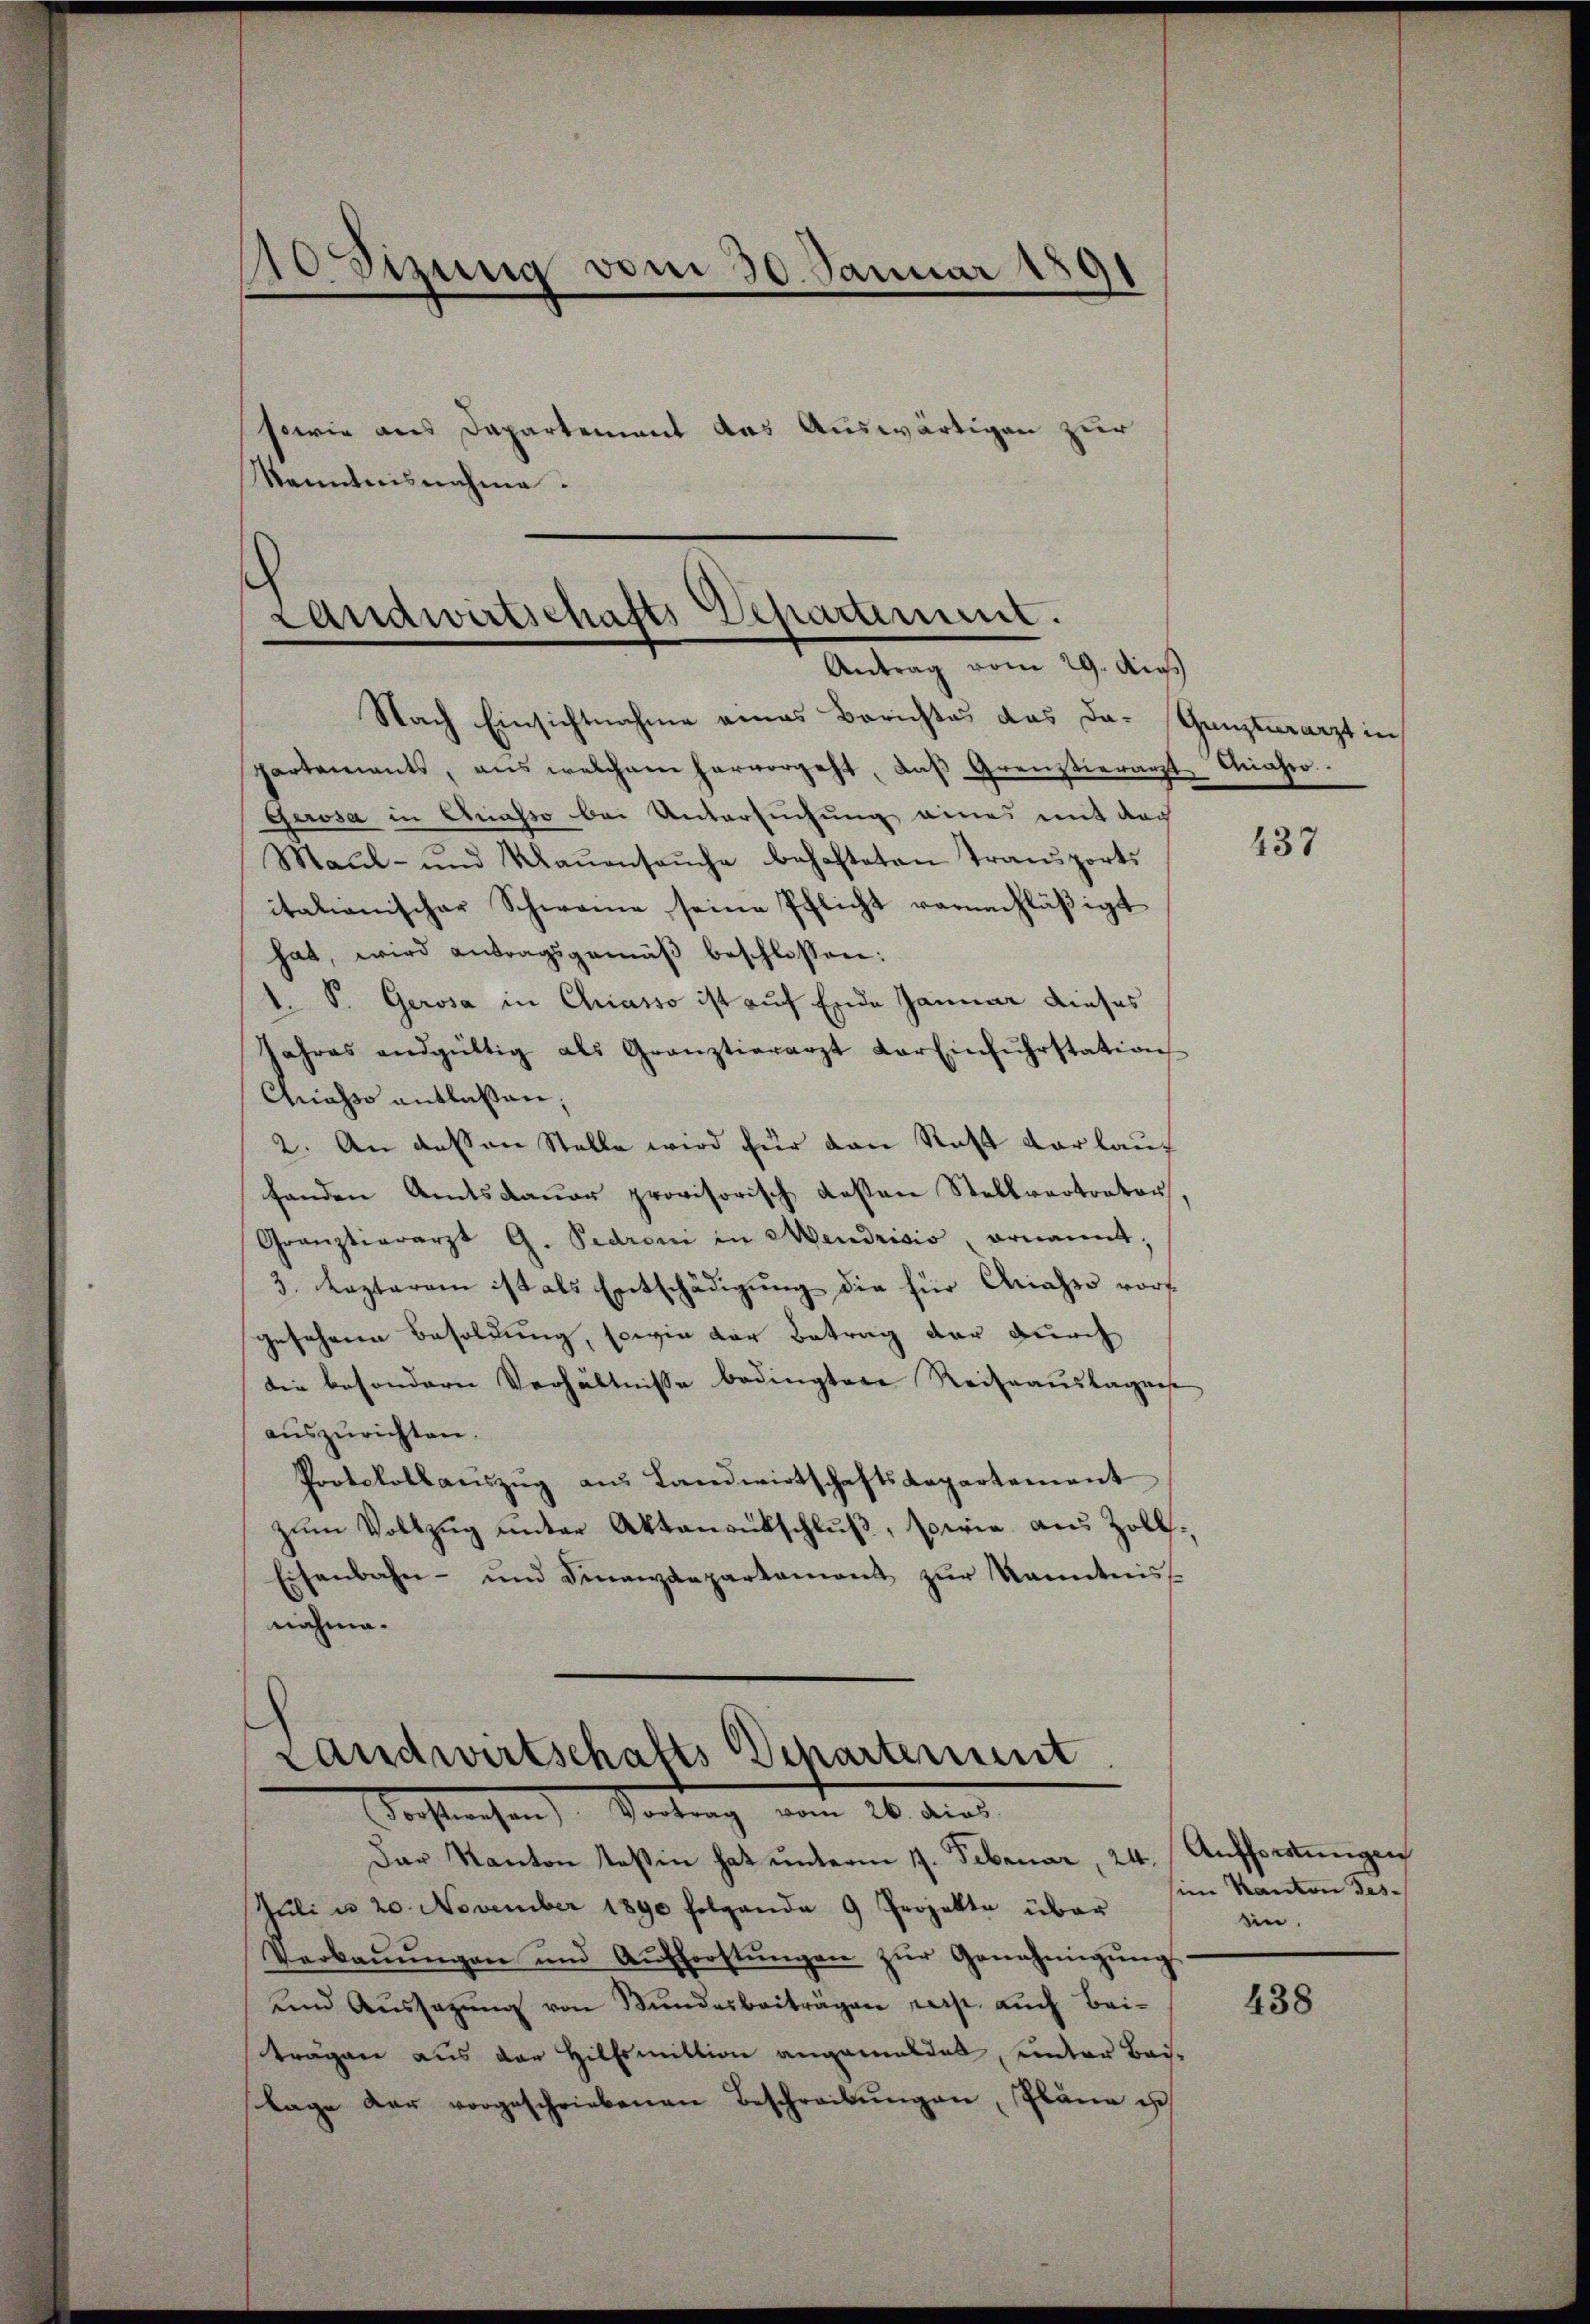
C
 Sizung vom 30. Januar 189
sowie aus Departement das Auswärtigen zur
kanntnisnahme.

Landwirtschafts Departement.
Antrag vom 29. Au
Nach Einsichtnahme eines Berichtes das da- Ganzarzt in

Landwirtschafts-Departerunt
Kochterchen Vortrag vom 26. dies
Dar Kanton Teßin hat unterm 17. Februar, 24.

partements, ans welchem hervorgeht, daβ Grenztierarzt Wahro.
Gerosa in Quasso bei Untersuchung eines mit der
Maŭl- und Maṅensaŭche behafteten Transports
italienischer Schweine seine Pflicht vernachläßigt
hat, wird antragsgemäβ beschlossen:
1. P. Gerosa in Chiasso ist auf Ende Januar dieses
Jahres andgültig als Granztierarzt der Einfŭhrstation
Gnasse entlaßen;
2. An dessen Stelle wird für den Rast verlauf
handen Amtsdauer provisorisch gesten Stellvertrator
Graŭztiararzt G. Pedroni in Mendrisis ernannt,
3. Caztaram ist als Entschädigung die für Ariasso vorgesehenen Besoldung, sowie der Betrag der durch
die besondern Verhältnisse bedingtere Reiseauslagense
auszurichten.
Protokollauszug aus Landwirtschaftsdepartement
zŭm Vollzŭg ŭnter Aktenantschlŭβ, sowie aus Zoll¬
Eisenbahn- und Finanzdepartament zur Kenntnis
nahme.

Juli u. 20. November 1890 folgende 9 Projekte über
Verbaŭŭngen und Aŭfforstŭngen zŭr Genehmigŭng
und Aussagŭng von Bundesbeiträgen resp. auch Bei-
trägen aus der Hilfsmittion angemeldet, unter Bailage der vorgeschriebenen Beschreibŭngen, Pläne es

437

Auffortungen
sim Kanton desin.

438